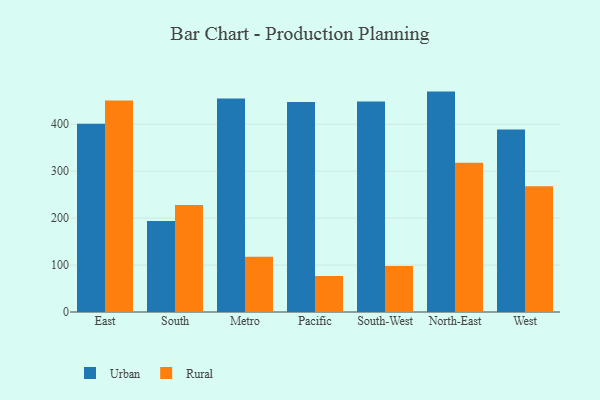
{"axis": {"x": "Region", "y": "Tickets Resolved"}, "legend": ["Rural", "Urban"], "data": [{"x": "East", "y": 401.3, "type": "Urban"}, {"x": "East", "y": 450.4, "type": "Rural"}, {"x": "South", "y": 193.8, "type": "Urban"}, {"x": "South", "y": 228.0, "type": "Rural"}, {"x": "Metro", "y": 454.9, "type": "Urban"}, {"x": "Metro", "y": 117.6, "type": "Rural"}, {"x": "Pacific", "y": 447.3, "type": "Urban"}, {"x": "Pacific", "y": 76.8, "type": "Rural"}, {"x": "South-West", "y": 448.6, "type": "Urban"}, {"x": "South-West", "y": 97.9, "type": "Rural"}, {"x": "North-East", "y": 469.6, "type": "Urban"}, {"x": "North-East", "y": 318.1, "type": "Rural"}, {"x": "West", "y": 388.7, "type": "Urban"}, {"x": "West", "y": 267.7, "type": "Rural"}]}